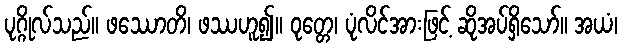
ပုဂ္ဂိုလ်သည်။ ဖဿောတိ၊ ဖဿဟူ၍။ ဝုတ္တေ၊ ပုံလိင်အားဖြင့် ဆိုအပ်ရှိသော်။ အယံ၊